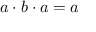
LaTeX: a \cdot b \cdot a = a